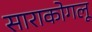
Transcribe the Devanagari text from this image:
साराकोगलू